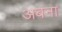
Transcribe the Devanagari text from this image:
अबना